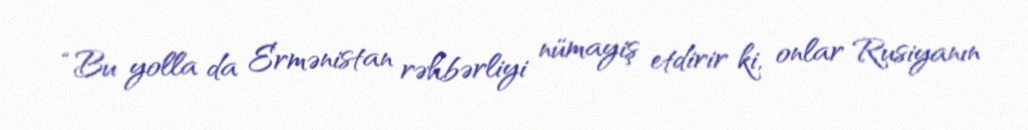
“Bu yolla da Ermənistan rəhbərliyi nümayiş etdirir ki, onlar Rusiyanın